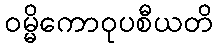
ဝမ္မိကောဝုပစီယတိ